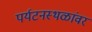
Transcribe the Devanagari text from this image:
पर्यटनस्थळांवर